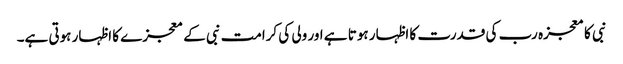
نبی کا معجزہ رب کی قدرت کا اظہار ہوتا ہے اور ولی کی کرامت نبی کے معجزے کا اظہار ہوتی ہے۔